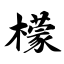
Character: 檬